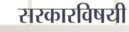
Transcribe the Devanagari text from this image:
सरकारविषयी